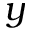
\boldsymbol y